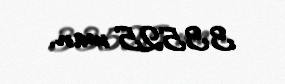
33525 man.